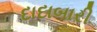
દાદાબારી